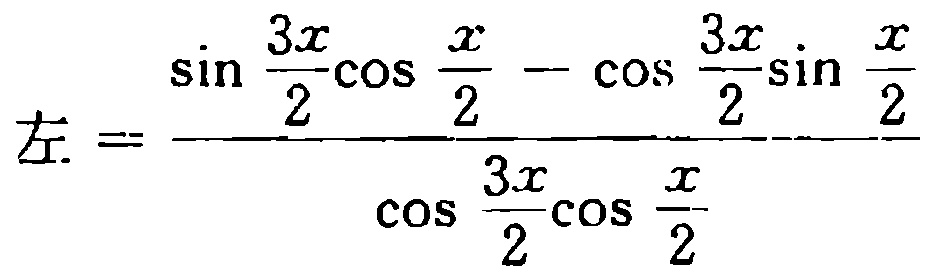
左=\frac{\sin \frac{3x}{2}\cos \frac{x}{2}-\cos \frac{3x}{2}\sin \frac{x}{2}}{\cos \frac{3x}{2}\cos \frac{x}{2}}